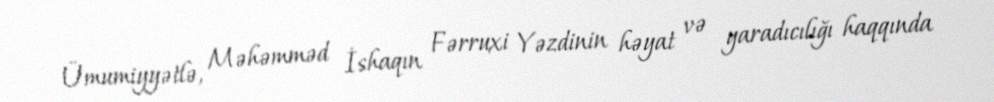
Ümumiyyətlə, Məhəmməd İshaqın Fərruxi Yəzdinin həyat və yaradıcılığı haqqında